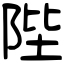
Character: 陛